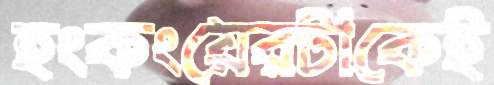
হংকংয়েরটাকেই